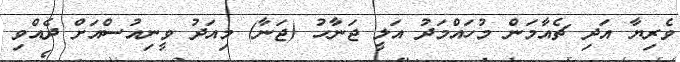
ވެރިޔާ އަދި ޗެއާމަން މުހައްމަދު އަލީ ޖަނާހު (ޖަނާ) މިއަދު ވީނިއުސްއަށް ދެއްވި